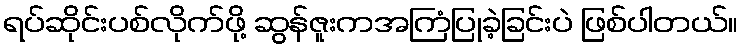
ရပ်ဆိုင်းပစ်လိုက်ဖို့ ဆွန်ဇူးကအကြံပြုခဲ့ခြင်းပဲ ဖြစ်ပါတယ်။